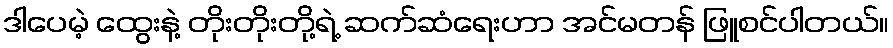
ဒါပေမဲ့ ထွေးနဲ့ တိုးတိုးတို့ရဲ့ ဆက်ဆံရေးဟာ အင်မတန် ဖြူစင်ပါတယ်။